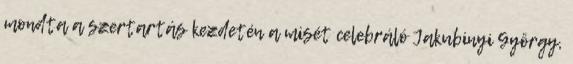
mondta a szertartás kezdetén a misét celebráló Jakubinyi György,